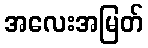
အလေးအမြတ်